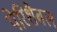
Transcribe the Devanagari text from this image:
पेरिशैबल